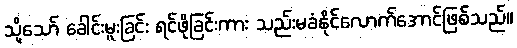
သို့သော် ခေါင်းမူးခြင်း ရင်ဖိုခြင်းကား သည်းမခံနိုင်လောက်အောင်ဖြစ်သည်။